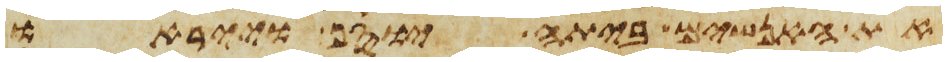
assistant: את האנשים ביתה יוסף וייראו